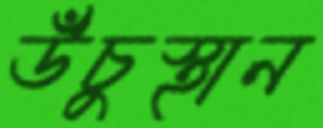
উঁচুস্থান